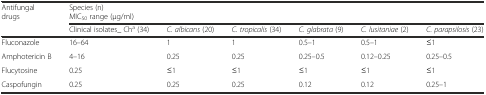
<table><thead><tr><td rowspan="3"><b>Antifungal drugs</b></td><td colspan="6"><b>Species (n)</b></td></tr><tr><td colspan="6"><b>MIC<sub>50</sub> range (μg/ml)</b></td></tr><tr><td><b>Clinical isolates_ Ch<sup>a</sup> (34)</b></td><td><b><i>C. albicans</i> (20)</b></td><td><b><i>C. tropicalis</i> (34)</b></td><td><b><i>C. glabrata</i> (9)</b></td><td><b><i>C. lusitaniae</i> (2)</b></td><td><b><i>C. parapsilosis</i> (23)</b></td></tr></thead><tbody><tr><td>Fluconazole</td><td>16–64</td><td>1</td><td>1</td><td>0.5–1</td><td>0.5–1</td><td>≤1</td></tr><tr><td>Amphotericin B</td><td>4–16</td><td>0.25</td><td>0.25</td><td>0.25–0.5</td><td>0.12–0.25</td><td>0.25–0.5</td></tr><tr><td>Flucytosine</td><td>0.25</td><td>≤1</td><td>≤1</td><td>≤1</td><td>≤1</td><td>≤1</td></tr><tr><td>Caspofungin</td><td>0.25</td><td>0.25</td><td>0.25</td><td>0.12</td><td>0.12</td><td>0.25–1</td></tr></tbody></table>